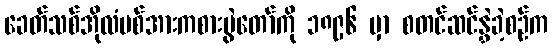
ခေတ်သစ်အိုလံပစ်အားကစားပွဲတော်ကို ၁၈၉၆ မှာ စတင်ဆင်နွှဲခဲ့စဉ်က